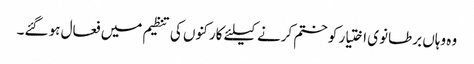
وہ وہاں برطانوی اختیار کو ختم کرنے کیلئے کارکنوں کی تنظیم میں فعال ہو گئے۔